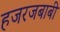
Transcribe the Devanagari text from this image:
हजरजबाबी